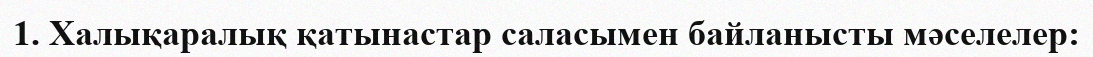
1. Халықаралық қатынастар саласымен байланысты мәселелер: